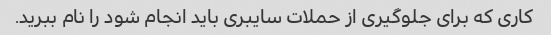
کاری که برای جلوگیری از حملات سایبری باید انجام شود را نام ببرید.